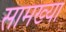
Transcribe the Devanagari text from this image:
सामख्या